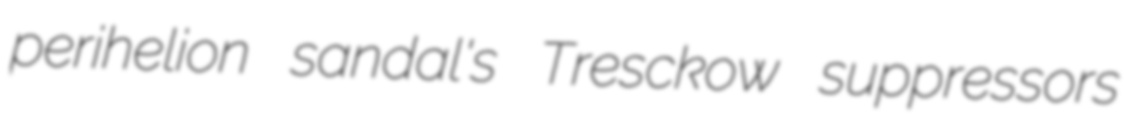
perihelion sandal's Tresckow suppressors